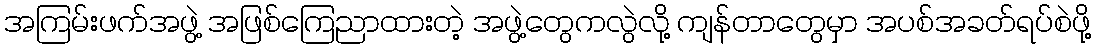
အကြမ်းဖက်အဖွဲ့ အဖြစ်ကြေညာထားတဲ့ အဖွဲ့တွေကလွဲလို့ ကျန်တာတွေမှာ အပစ်အခတ်ရပ်စဲဖို့